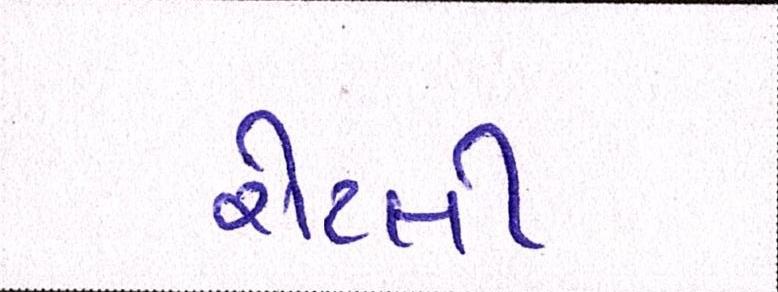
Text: રોટલી